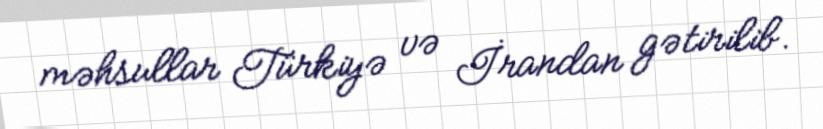
məhsullar Türkiyə və İrandan gətirilib.